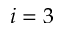
i = 3